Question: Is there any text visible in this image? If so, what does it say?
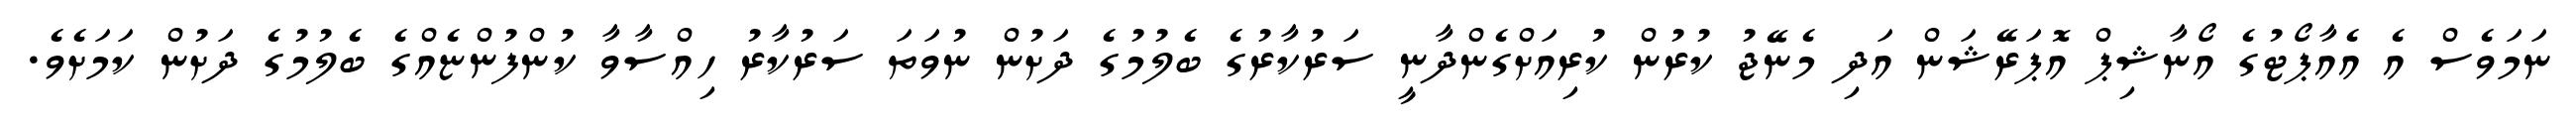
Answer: ނަމަވެސް އެ އެއާޕޯޓުގެ އޯނާޝިޕް އޮޕަރޭޝަން އަދި މެނޭޖު ކުރުން ކުރިއަށްގެންދާނީ ސަރުކާރުގެ ބެލުމުގެ ދަށުން ނުވަތަ ސަރުކާރު ހިއްސާވާ ކުންފުންޏެއްގެ ބެލުމުގެ ދަށުން ކަމަށެވެ.